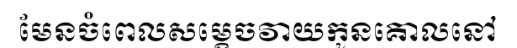
មែនចំពេលសម្តេចវាយកូនគោលនៅ